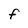
Character: F